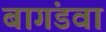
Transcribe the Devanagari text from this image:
बागंडवा